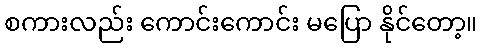
စကားလည်း ကောင်းကောင်း မပြော နိုင်တော့။